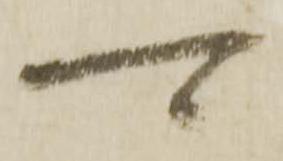
可